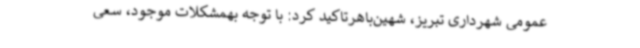
عمومی شهرداری تبریز، شهین‌باهرتاکید کرد: با توجه بهمشکلات موجود، سعی